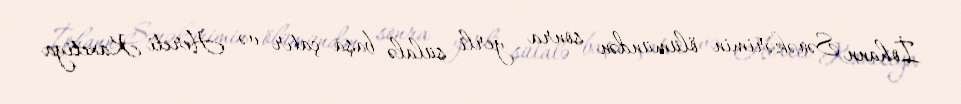
İohann Sənəkərimin ölümündən sonra yerli sülalə başa çatır və Hereti Kaxetiya